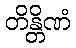
တိန္တိဏံ